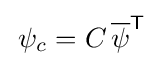
\,\psi _{c}=C\,{\overline {\psi }}^{\mathsf {T}}